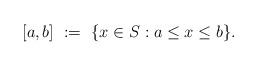
LaTeX: \begin{align*}[a,b]\ :=\ \{x\in S: a\leq x\leq b\}.\end{align*}